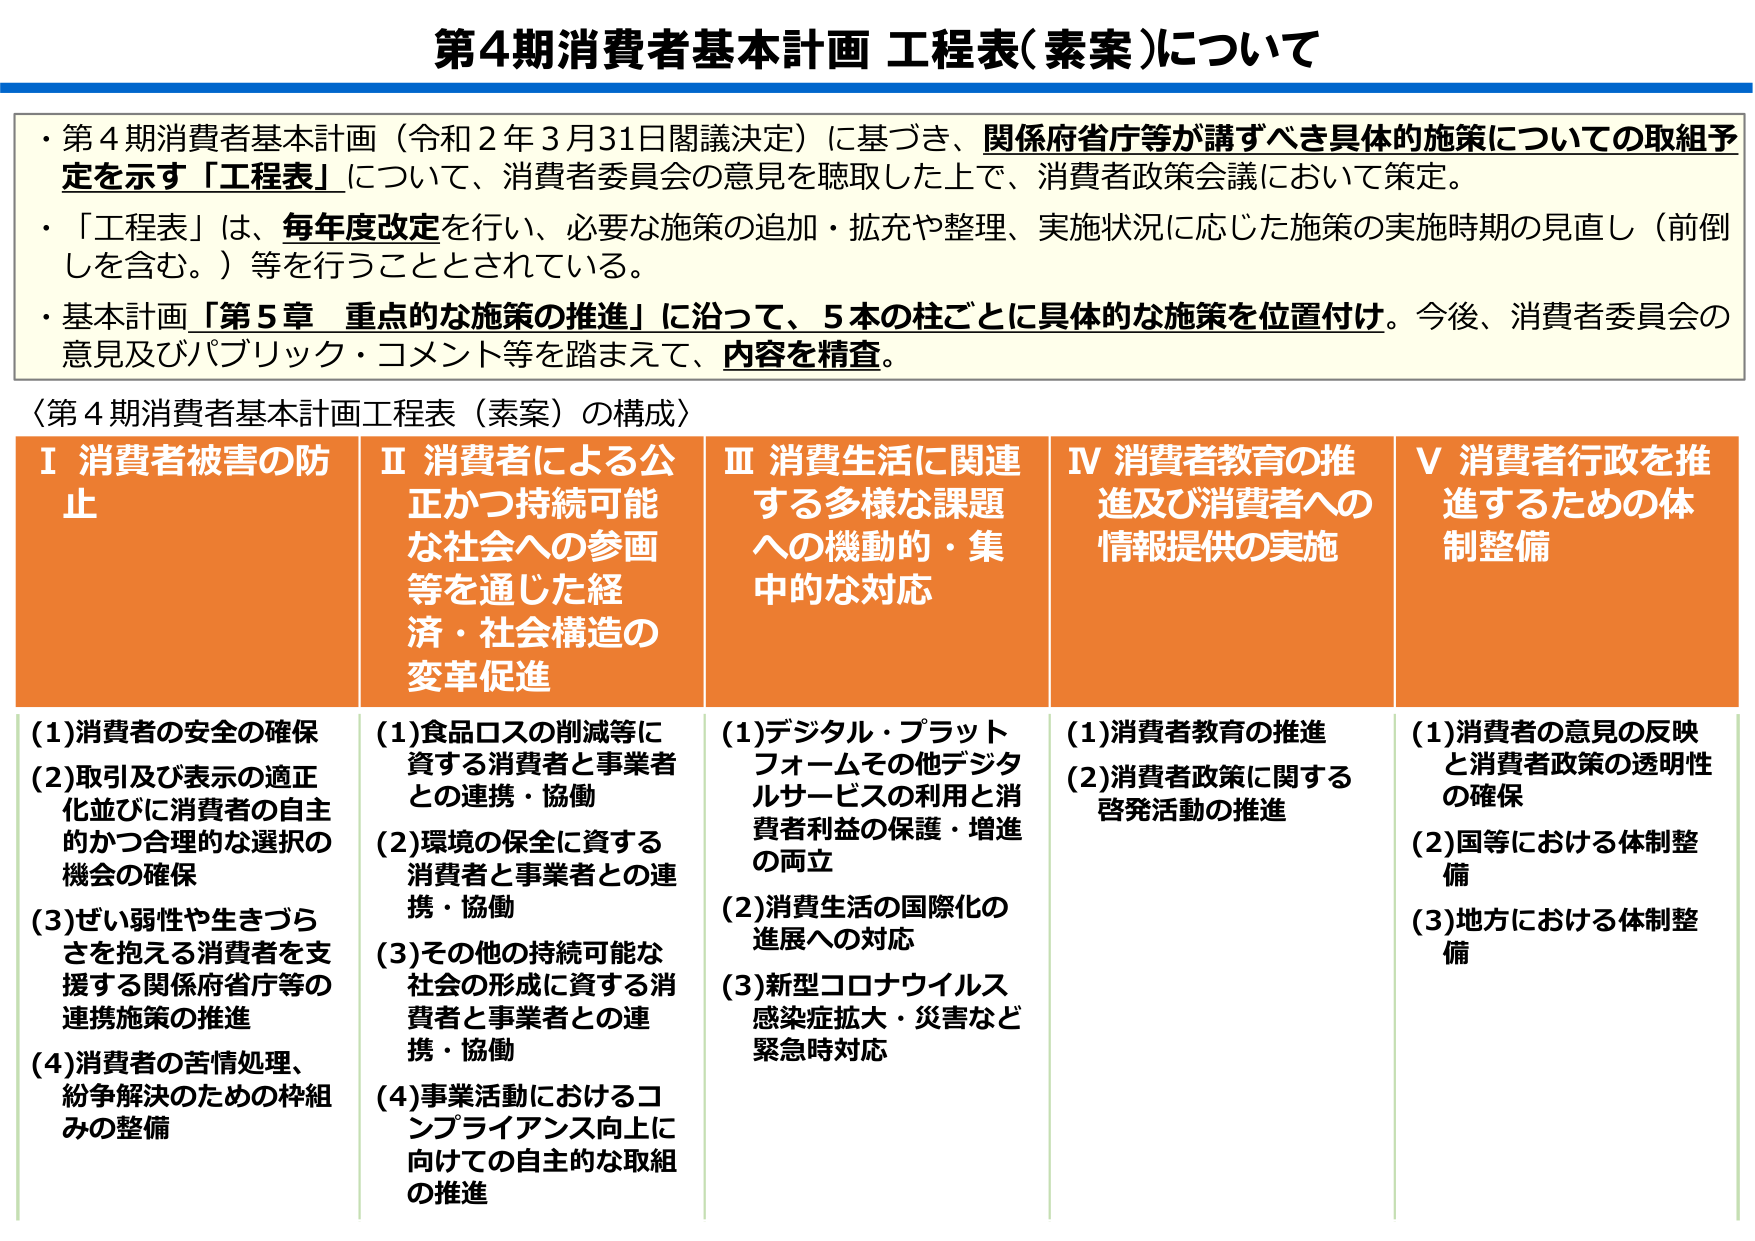
第4期消費者基本計画 工程表（素案）について

・第4期消費者基本計画（令和2年3月31日閣議決定）に基づき、関係府省庁等が講ずべき具体的施策についての取組予定を示す「工程表」について、消費者委員会の意見を聴取した上で、消費者政策会議において策定。

・「工程表」は、毎年度改定を行い、必要な施策の追加・拡充や整理、実施状況に応じた施策の実施時期の見直し（前倒しを含む。）等を行うこととされている。

・基本計画「第5章 重点的な施策の推進」に沿って、5本の柱ごとに具体的な施策を位置付け。今後、消費者委員会の意見及びパブリック・コメント等を踏まえて、内容を精査。

〈第4期消費者基本計画工程表（素案）の構成〉

Ⅰ 消費者被害の防止
(1)消費者の安全の確保
(2)取引及び表示の適正化並びに消費者の自主的かつ合理的な選択の機会の確保
(3)ぜい弱性や生きづらさを抱える消費者を支援する関係府省庁等の連携施策の推進
(4)消費者の苦情処理、紛争解決のための枠組みの整備

Ⅱ 消費者による公正かつ持続可能な社会への参画等を通じた経済・社会構造の変革促進
(1)食品ロスの削減等に資する消費者と事業者との連携・協働
(2)環境の保全に資する消費者と事業者との連携・協働
(3)その他の持続可能な社会の形成に資する消費者と事業者との連携・協働
(4)事業活動におけるコンプライアンス向上に向けての自主的な取組の推進

Ⅲ 消費生活に関連する多様な課題への機動的・集中的な対応
(1)デジタル・プラットフォームその他デジタルサービスの利用と消費者利益の保護・増進の両立
(2)消費生活の国際化の進展への対応
(3)新型コロナウイルス感染症拡大・災害など緊急時対応

Ⅳ 消費者教育の推進及び消費者への情報提供の実施
(1)消費者教育の推進
(2)消費者政策に関する啓発活動の推進

Ⅴ 消費者行政を推進するための体制整備
(1)消費者の意見の反映と消費者政策の透明性の確保
(2)国等における体制整備
(3)地方における体制整備